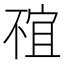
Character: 𠁇